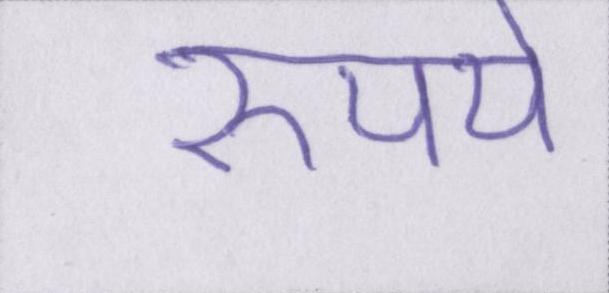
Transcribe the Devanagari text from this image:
रुपये